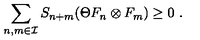
\sum _ { n , m \in { \cal I } } S _ { n + m } ( \Theta F _ { n } \otimes F _ { m } ) \geq 0 \ .